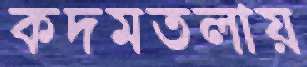
কদমতলায়